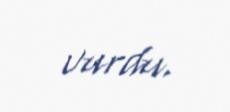
vurdu.